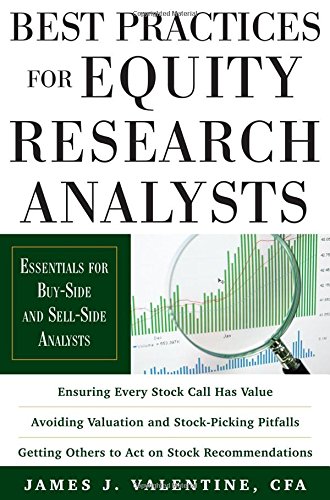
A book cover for Best Practices for Equity Research Analysts:  Essentials for Buy-Side and Sell-Side Analysts; James J. Valentine; Business & Money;